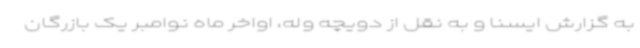
به گزارش ایسنا و به نقل از دویچه وله، اواخر ماه نوامبر یک بازرگان